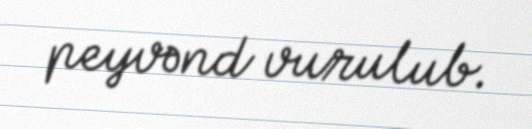
peyvənd vurulub.